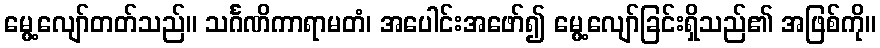
မွေ့လျော်တတ်သည်။ သင်္ဂဏိကာရာမတံ၊ အပေါင်းအဖော်၍ မွေ့လျော်ခြင်းရှိသည်၏ အဖြစ်ကို။